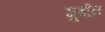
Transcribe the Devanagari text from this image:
ग़ुर्बान